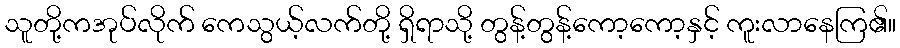
သူတို့ကအုပ်လိုက် ကေသွယ့်လက်တို့ ရှိရာသို့ တွန့်တွန့်ကော့ကော့နှင့် ကူးလာနေကြ၏။